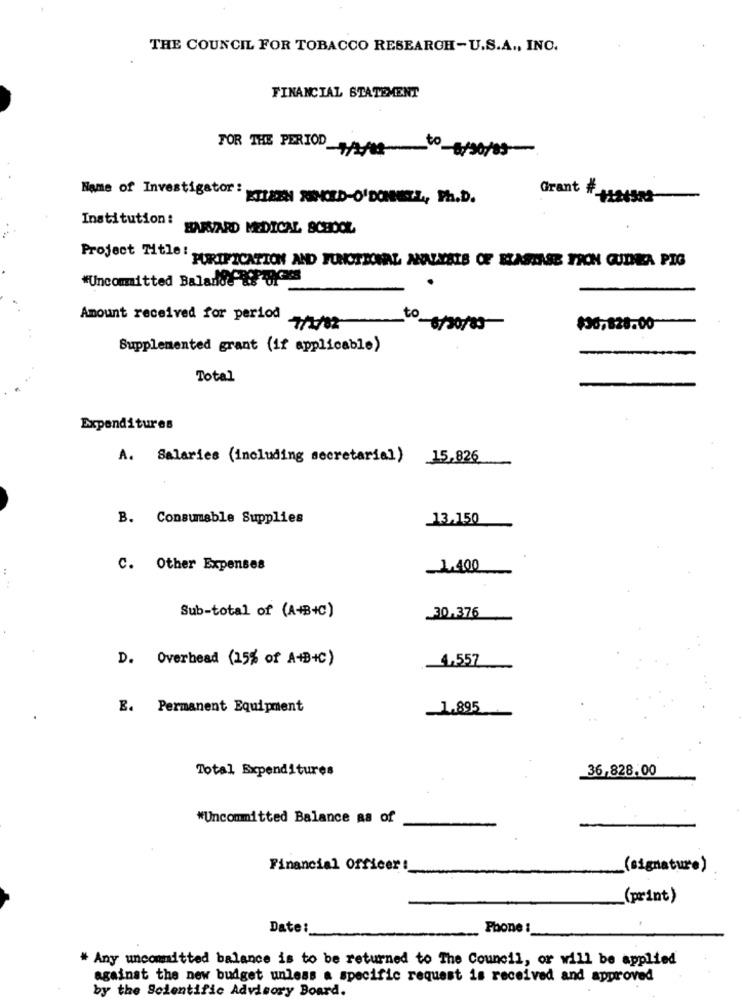
THE COUNCIL FOR TOBACCO RESEARCH-U.S.A ., INC.
FINANCIAL STATEMENT
FOR THE PERIOD 0 8/06/09
Name of Investigator:
Grant #_
ETISCH RACED-O'DONETZ ., Ph.D.
Institution:
HARVARD MEDICAL SCHOOL
Project Title:
PURIFICATION AND FUNCTIONAL ANALYSIS OF ELASTASE FRON GUINEA PIG
"Uncommitted Balanld af
Amount received for period
-7/1782
to 6/30/85
$30,828.00
Supplemented grant (if applicable)
Total
Expenditures
A. Salaries (including secretarial) 15,826
B. Consumable Supplies
13,150
C. Other Expenses
1.400
:
Sub-total of (A+B+C)
30,376
D. Overhead (15% of A+B+C)
4,557
E. Permanent Equipment
1.895
Total Expenditures
36,828.00
*Uncommitted Balance as of
Financial Officer :
(signature)
..
(print)
Date:
Phone :
# Any uncommitted balance is to be returned to The Council, or will be applied
against the new budget unless a specific request is received and approved
by the Scientific Advisory Board.